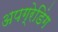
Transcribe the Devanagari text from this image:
अपग्रेडिंग